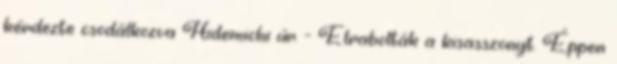
kérdezte csodálkozva Hidemichi úr. - Elrabolták a kisasszonyt. Éppen